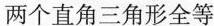
两个直角三角形全等